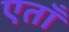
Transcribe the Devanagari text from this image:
एताँ